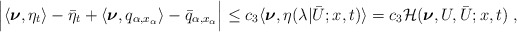
\begin{align*}\begin{aligned} \Big|\langle\boldsymbol{\nu},\eta_t\rangle -\bar\eta_t+ \langle\boldsymbol{\nu},q_{\alpha,x_\alpha}\rangle-\bar q_{\alpha,x_\alpha}\Big| &\le c_3 \langle \boldsymbol{\nu} , \eta (\lambda | \bar U;x,t ) \rangle = c_3 \mathcal{H} ( \boldsymbol{\nu},U,\bar{U};x,t)\;,\end{aligned}\end{align*}